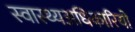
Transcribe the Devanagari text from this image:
स्वास्थ्यअधिकारियों